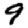
Digit: 9